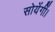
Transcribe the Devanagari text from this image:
सोयेंगीं।